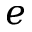
e